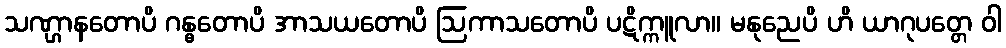
သဏ္ဌာနတောပိ ဂန္ဓတောပိ အာသယတောပိ ဩကာသတောပိ ပဋိက္ကူလာ။ မနုညေပိ ဟိ ယာဂုပတ္တေ ဝါ